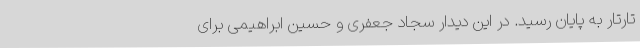
تارتار به پایان رسید. در این دیدار سجاد جعفری و حسین ابراهیمی برای